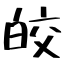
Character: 皎